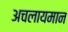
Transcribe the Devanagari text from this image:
अचलायमान